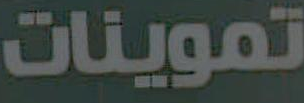
تموينات